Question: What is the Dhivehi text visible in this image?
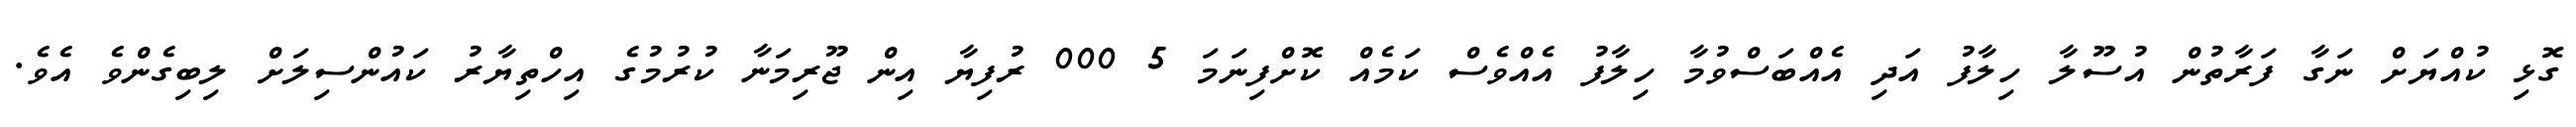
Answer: ގޮޅި ކުއްޔަށް ނަގާ ފަރާތުން އުސޫލާ ހިލާފު އަދި އެއްބަސްވުމާ ހިލާފު އެއްވެސް ކަމެއް ކޮށްފިނަމަ 5 000 ރުފިޔާ އިން ޖޫރިމަނާ ކުރުމުގެ އިހްތިޔާރު ކައުންސިލަށް ލިބިގެންވެ އެވެ.